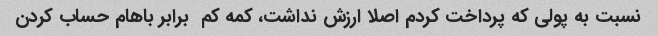
نسبت به پولی که پرداخت کردم اصلا ارزش نداشت، کمه کم  برابر باهام حساب کردن